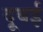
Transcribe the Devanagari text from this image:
दूबई